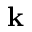
\mathbf { k }